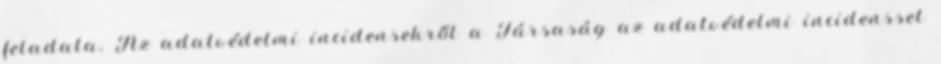
feladata. Az adatvédelmi incidensekről a Társaság az adatvédelmi incidenssel